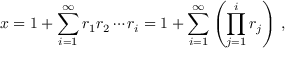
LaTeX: x = 1 + \sum _ { i = 1 } ^ { \infty } r _ { 1 } r _ { 2 } \cdots r _ { i } = 1 + \sum _ { i = 1 } ^ { \infty } \left( \prod _ { j = 1 } ^ { i } r _ { j } \right) \, ,